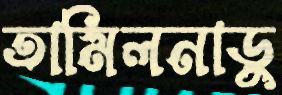
তামিলনাডু